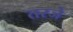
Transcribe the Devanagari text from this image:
तरजे